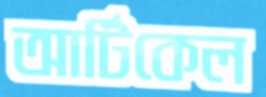
আর্টিকেল